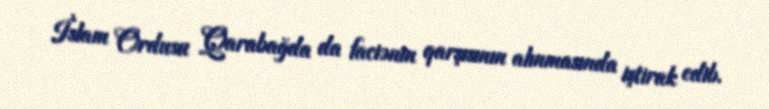
İslam Ordusu Qarabağda da faciənin qarşısının alınmasında iştirak edib.